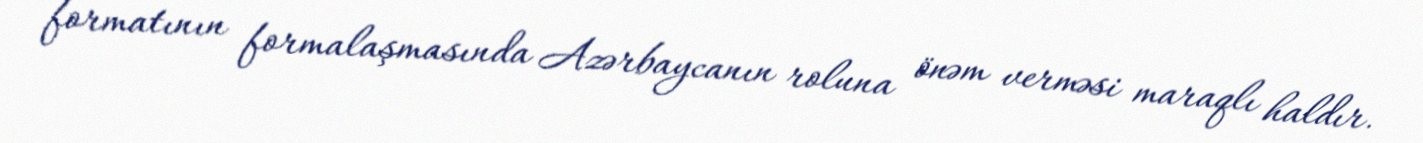
formatının formalaşmasında Azərbaycanın roluna önəm verməsi maraqlı haldır.